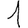
Digit: 1